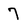
Character: 7